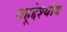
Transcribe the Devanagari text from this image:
बहूद्देश्यीय